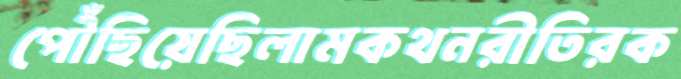
পৌঁছিয়েছিলামকথনরীতিরক